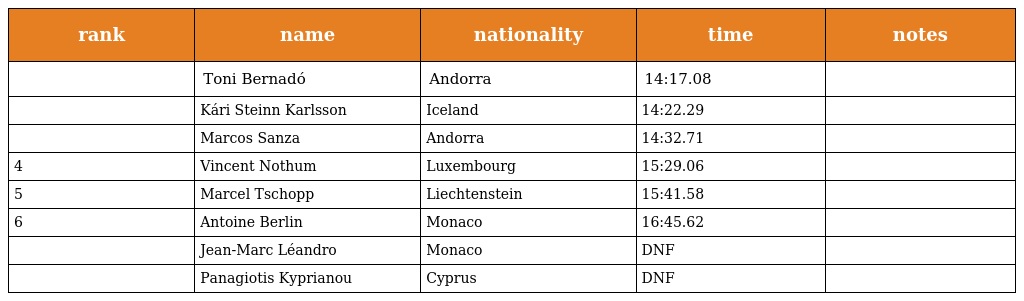
| rank | name | nationality | time | notes |
 | --- | --- | --- | --- | --- |
 |  | Toni Bernadó | Andorra | 14:17.08 |  |
 |  | Kári Steinn Karlsson | Iceland | 14:22.29 |  |
 |  | Marcos Sanza | Andorra | 14:32.71 |  |
 | 4 | Vincent Nothum | Luxembourg | 15:29.06 |  |
 | 5 | Marcel Tschopp | Liechtenstein | 15:41.58 |  |
 | 6 | Antoine Berlin | Monaco | 16:45.62 |  |
 |  | Jean-Marc Léandro | Monaco | DNF |  |
 |  | Panagiotis Kyprianou | Cyprus | DNF |  |